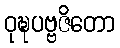
ဝုဍ္ဎပဗ္ဗဇိတော